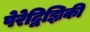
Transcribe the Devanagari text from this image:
पेरेद्विझ्निकी